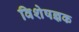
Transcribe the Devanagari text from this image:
विशेषज्ञक